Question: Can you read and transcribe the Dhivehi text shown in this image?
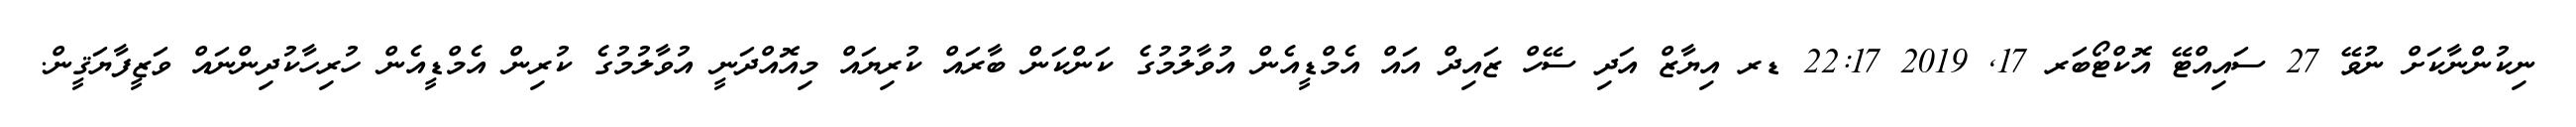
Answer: ނިކުންނާކަށް ނުވޭ 27 ސައިއްޓޭ އޮކްޓޯބަރ 17, 2019 22:17 ޑރ އިޔާޒް އަދި ސޭހް ޒައިދް އައް އެމްޑީއެން އުވާލުމުގެ ކަންކަން ބާރައް ކުރިޔައް މިއޮއްދަނީ އުވާލުމުގެ ކުރިން އެމްޑީއެން ހުރިހާކުދިންނައް ވަޒީފާޔަޤީން.